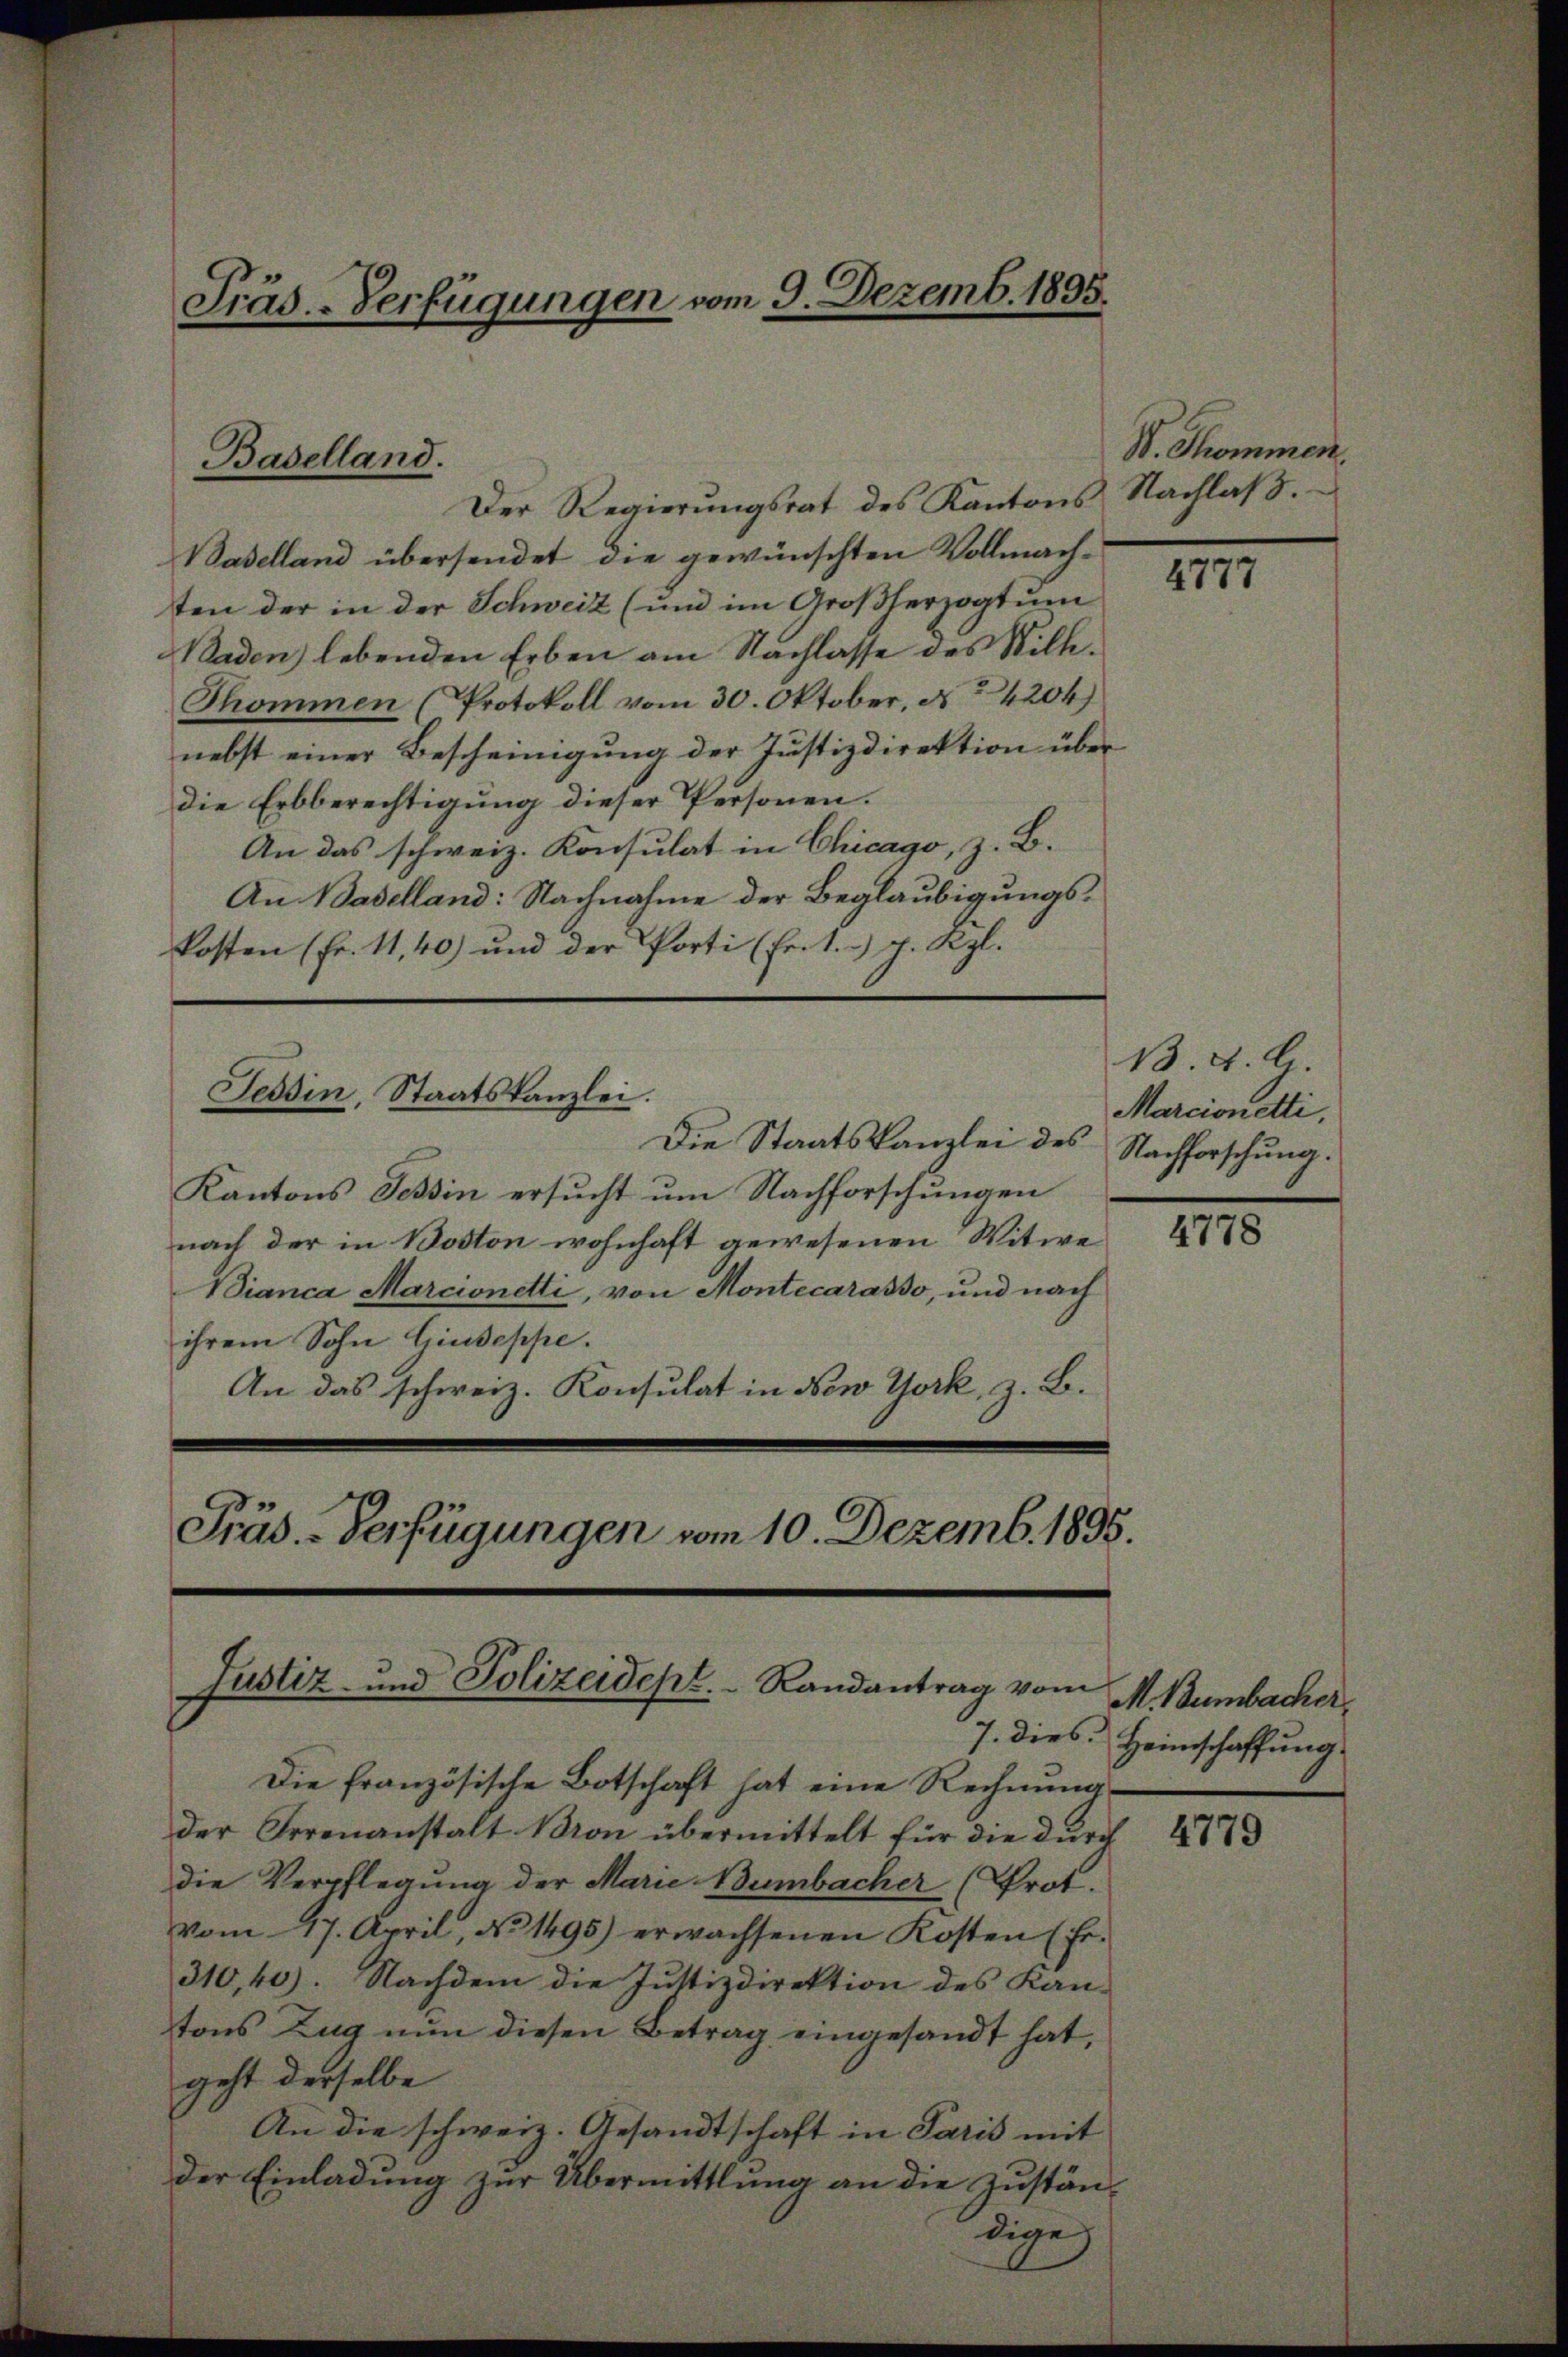
Präs.-Verfügungen vom 9. Dezemb. 1895.

Baselland übersendet die gewünschten Vollmachten der in der Schweiz (und im Großherzogtum
Baden) lebenden Erben am Nachlasse des Still¬
Thommen (Protokoll vom 30. Oktober, No 4204)
nebst einer Bescheinigung der Justizdirektion über
die Erbberechtigung dieser Personen.
An das schweiz. Konsulat in Chicago, z. B.
An Baselland: Nachnahme der Beglaubigungskosten (Fr. 11,40) und der Porti (Ert. 4. Kzl.

Baselland.
Der Regierŭngsrat des Kantons Nachlaβ.

Tessin, Staatskanzlei.

Justiz- und Polizeidept. Randantrag vom

Die Staatskanzlei des
Kantons Tessin ersucht um Nachforschungen
nach der in Boston wohnhaft gewesenen Witwe
Bianca Marcionetti, von Montecarasso, und nach
ihrem Sohn Giuseppe.
An das schweiz. Konsulat in New York, z. B.
Präs. - Verfügungen vom 10. Dezemb. 1895.

W. Thommen.

Die französische Botschaft hat eine Rechnung
der Irrenanstalt Bron übermittelt für die durch
die Verpflegung der Marie Bumbacher (Prot.
vom 17. April, No 1495) erwachsenen Kosten (fr.
310,40). Nachdem die Justizdirektion des Kan-
tons Zug nun diesen Betrag eingesandt hat,
geht derselbe
An die schweiz. Gesandtschaft in Paris mit
der Einladung zur Übermittlung an die Zuständige

4777

B. d. G.
Marcionetti,
Nachforschung.

4778

M. Bumbacher.
7. dies Heimschaffung

4779